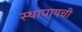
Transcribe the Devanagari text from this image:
स्थापायची